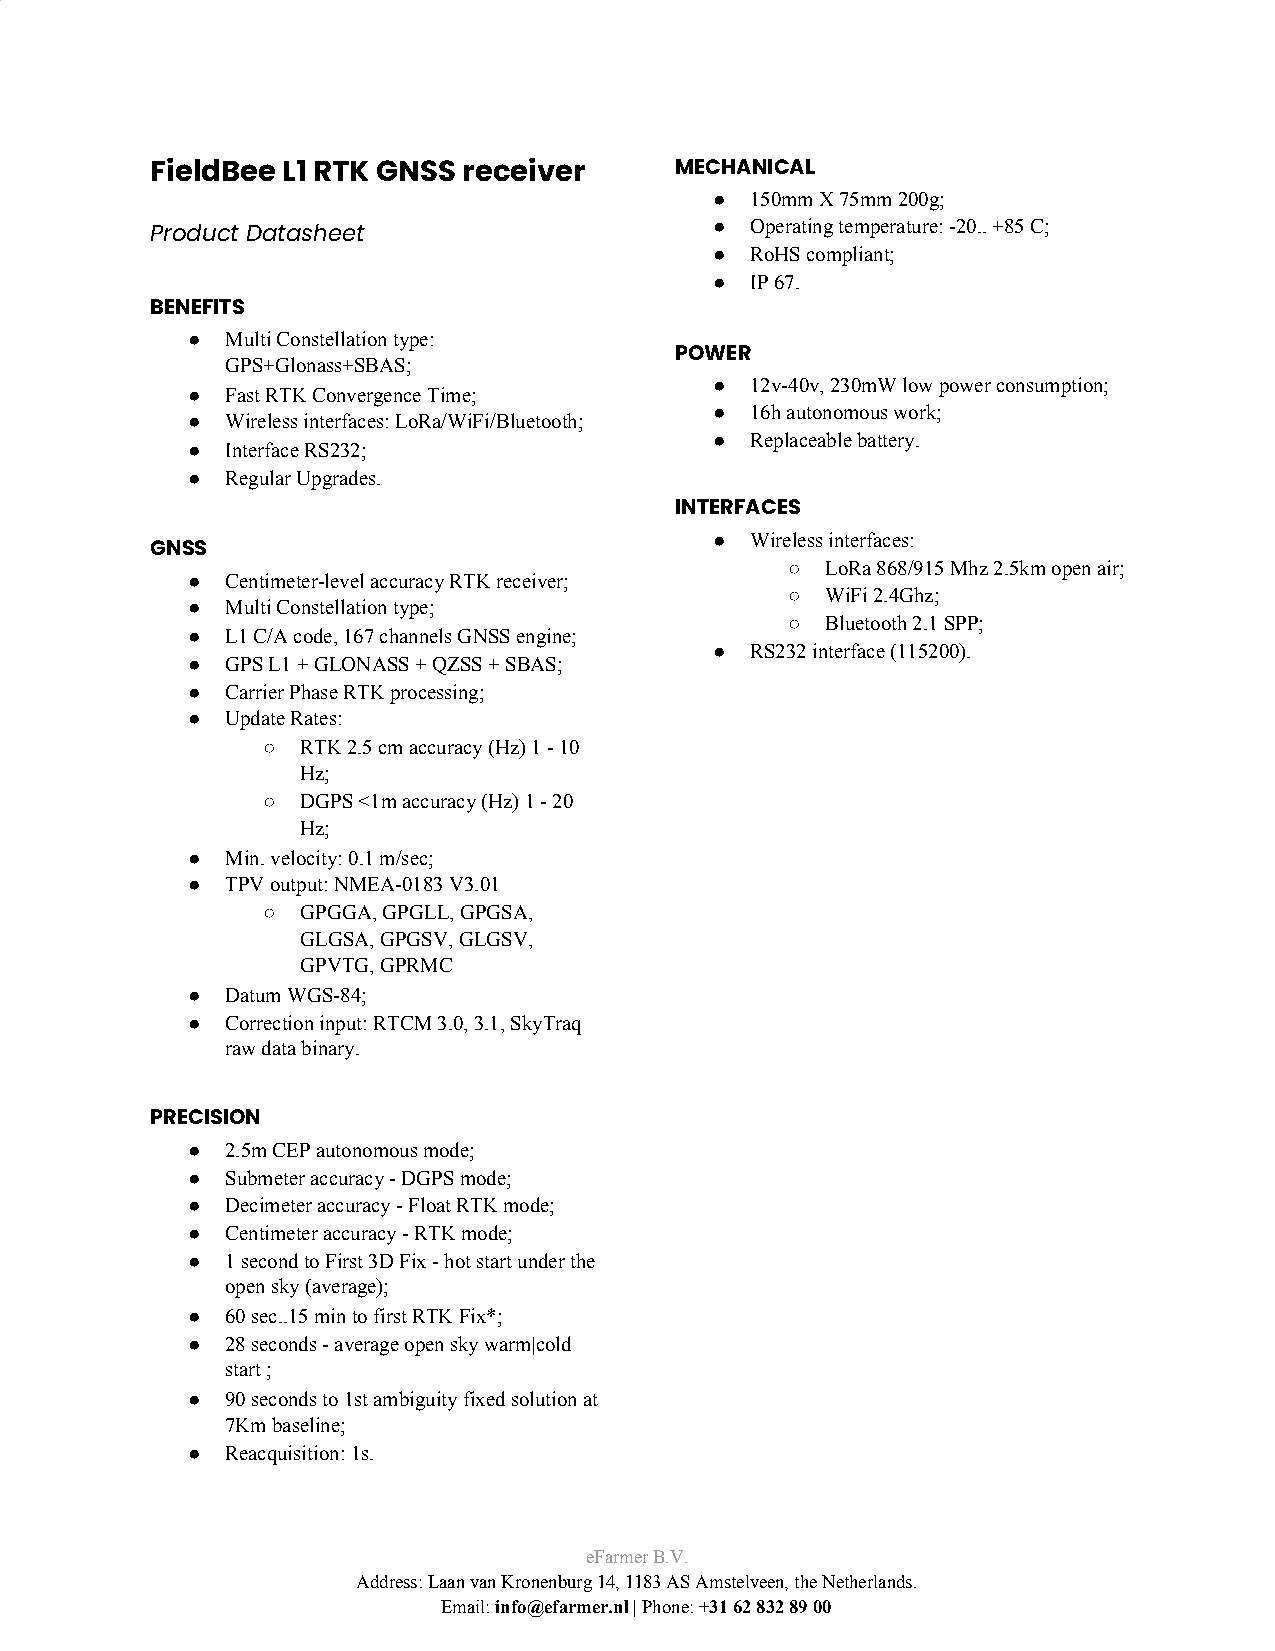
FieldBee L1 RTK GNSS receiver      MECHANICAL
 ●  150mm X 75mm 200g;
 ●  Operating temperature: -20.. +85 C;
 Product Datasheet
 ●  RoHS compliant;
 ●  IP 67.
 BENEFITS
 ●  Multi Constellation type:
 POWER
 GPS+Glonass+SBAS;
 ●  12v-40v, 230mW low power consumption;
 ●  Fast RTK Convergence Time;
 ●  16h autonomous work;
 ●  Wireless interfaces: LoRa/WiFi/Bluetooth;
 ●  Replaceable battery.
 ●  Interface RS232;
 ●  Regular Upgrades.
 INTERFACES
 ●  Wireless interfaces:
 GNSS
 ○  LoRa 868/915 Mhz 2.5km open air;
 ●  Centimeter-level accuracy RTK receiver;
 ○  WiFi 2.4Ghz;
 ●  Multi Constellation type;
 ○  Bluetooth 2.1 SPP;
 ●  L1 C/A code, 167 channels GNSS engine;
 ●  RS232 interface (115200).
 ●  GPS L1 + GLONASS + QZSS + SBAS;
 ●  Carrier Phase RTK processing;
 ●  Update Rates:
 ○  RTK 2.5 cm accuracy (Hz) 1 - 10
 Hz;
 ○  DGPS <1m accuracy (Hz) 1 - 20
 Hz;
 ●  Min. velocity: 0.1 m/sec;
 ●  TPV output: NMEA-0183 V3.01
 ○  GPGGA, GPGLL, GPGSA,
 GLGSA, GPGSV, GLGSV,
 GPVTG, GPRMC
 ●  Datum WGS-84;
 ●  Correction input: RTCM 3.0, 3.1, SkyTraq
 raw data binary.
 PRECISION
 ●  2.5m CEP autonomous mode;
 ●  Submeter accuracy - DGPS mode;
 ●  Decimeter accuracy - Float RTK mode;
 ●  Centimeter accuracy - RTK mode;
 ●  1 second to First 3D Fix - hot start under the
 open sky (average);
 ●  60 sec..15 min to first RTK Fix*;
 ●  28 seconds - average open sky warm|cold
 start ;
 ●  90 seconds to 1st ambiguity fixed solution at
 7Km baseline;
 ●  Reacquisition: 1s.
 eFarmer B.V.
 Address: Laan van Kronenburg 14, 1183 AS Amstelveen, the Netherlands.
 Email: info@efarmer.nl | Phone: +31 62 832 89 00
 ​        ​   ​